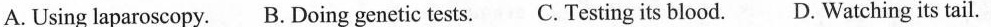
A. Using laparoscopy.B. Doing genetic tests.C. Testing its blood. D. Watching its tail.